Vaccination in Burma 1912-1922 - 1912-1922
Year: 1912
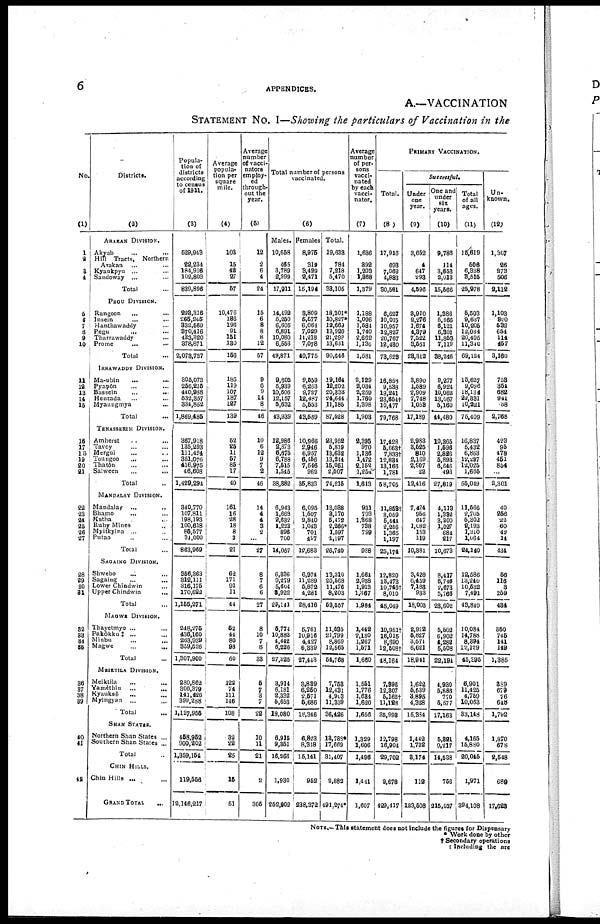
6
APPENDICES.
A.—VACCINATION
STATEMENT No. I—Showing the particulars of Vaccination in the
No
(1)
1
2
3
4
5
6 7
8
9
10
11
12
13 14
15
16
17
18
19
20
21
22
23
24
25
26 27
28
29
30 31
32
33
34 35
36
37
38
39
40
41
42
Districts.
(2)
ARAKAN DIVISION.
Akyab ... ...
Hill Tracts, Northern
Arakan ... ...
Kyaukpyu ... ...
Sandoway ... ...
Total ...
PEGU DIVISION.
Rangoon ... ...
Insein ... ...
Hanthawaddy ... ...
Pegu ... ...
Tharrawaddy ... ...
Prome ... ...
Total ...
IRRAWADDY DIVISION.
Ma-ubin ... ...
Pyapôn ... ...
Bassein ... ...
Henzada ... ...
Myaungmya ... ...
Total ...
TENASSERIM DIVISION.
Amherst ... ...
Tavoy ... ...
Mergui ... ...
Toungoo ... ...
Thatôn ... ...
Salween ... ...
Total ...
MANDALAY DIVISION.
Mandalay ... ...
Bhamo ... ...
Katha ... ...
Ruby Mines
...
...
Myitkyina ... ...
Putao ... ...
Total ...
SAGAING DIVISION.
Shwebo ... ...
Sagaing ... ...
Lower Chindwin ... ...
Upper Chindwin ... ...
Total ...
MAGWE DIVISION.
Thayetmyo ... ...
Pakôkku‡ ... ...
Minbu ... ...
Magwe
...
...
Total ...
MEIKTILA DIVISION.
Meiktila ... ...
Yamèthin ... ...
Kyauksè ... ...
Myingyan ... ...
Total ...
SHAN STATES.
Northern Shan States ...
Southern Shan States ...
Total ...
CHIN HILLS.
Chin Hills ... ...
GRAND TOTAL
...
Popula-
tion of
districts
according
to census
of 1911.
(3)
529,943
22,234
184,916
102,803
839,896
293,316
265,245
332,569
370,416
433,320
378,871
2,073,737
305,073
256,215
440,988 532,357
334,852
1,869,485
367,918
135,293
111,424
351,076
416,975
46,608
1,429,294
340,770
107,811
198,193
100,618
85,577
31,000
863,969
356,363
312,111
316,175
170,622
1,155,271
248,275
436,160
263,939
359,526
1,307,900
280,862
306,379
141,426
399,288
1,127,955
458,952
900,202
1,359,154
119,556
12,146,217
Average
popula-
tion per
square
mile.
(4)
103
15
42
27
57
10,476
186
196
91
151
130
156
185
119
107
187
127
139
52
25
11
57
85
17
40
161
16
28
18
8
3
21
62
171
91
11
44
52
44
80
93
60
122
74
111
146
108
32
22
25
15
51
Average
number
of vacci-
nators
employ-
ed
through-
out the
year.
(5)
12
2
6
4
24
15
6
8
8
8
12
57
9
6
9
14
8
46
10
6
12
9
7
2
46
14
4
4
3
2
...
27
8
7
6
6
27
8
10
7
8
33
5
7
3
7
22
10
11
21
2
305
Total number of persons
vaccinated.
(6)
Males.
10,658
465
3,789
2,999
17,911
14,492
5,250
6,605
6,891
10,080
6,553
49,871
9,605
5,939
10,606
12,157
5,632
43,939
12,986
2,873
6,675
6,788
7,515
1,545
38,382
6,943
1,668
2,632
1,223
896
700
14,057
6,336
9,279
5,604
3,922
25,141
5,774
10,883
4,442
6,226
27,325
3,914
6,181
2,332
5,653
18,080
6,915
9,351
16,266
1,930
252,902
Females
8,975
319
3,429
2,471
15,194
3,809
5,577
6,064
7,029
11,218
7,078
40,775
9,559
6,263
9,727
12,487
5,553
43,569
10,966
2,946
6,957
6,456
7,546
962
35,833
6,095
1,507
2,840
1,043
701
497
12,683
6,974
11,289
5,872
4,281
28,416
5,761
10,916
4,427
6,339
27,443
3,889
6,250
2,571
5,686
18,346
6,823
8,318
15,141
952
238,372
Total.
19,633
784
7,218
5,470
33,105
18,301*
10,827*
12,669
13,920
21,298
13,631
90,646
19,164
12,202
20,333
24,644
11,185
87,528
23,952
5,819
13,632
13,244
15,061
2,507
74,215
13,038
3,170
5,472
2,266*
1,597
1,197
26,740
13,310
20,568
11,476
8,203
53,557
11,535
21,799
8,869
12,565
54,768
7,753
12,431
4,903
11,339
36,426
13,788*
17,669
31,407
2,882
491,274*
Average
number
of per-
sons
vacci-
nated
by each
vacci-
nator.
(7)
1,636
392
1,203
1,368
1,379
1,188
1,096
1,584
1,740
2,662
1,136
1,581
2,129
2,034
2,259
1,760
1,398
1,903
2,395
970
1,136
1,472
2,152
1,254
1,613
931
793
1,368
738
799
...
988
1,664
2,938
1,913
1,367
1,984
1,442
2,180
1,267
1,571
1,660
1,551
1,776
1,634
1,620
1,656
1,329
1,606
1,496
1,441
1,607
PRIMARY VACCINATION.
Total.
(8)
17,916
693
7,069
4,883
30,561
6,627
10,015
10,957
12,827
20,767
12,430
73,623
16,858
9,538
19,241
23,654†
10,477
79,768
17,428
5,663†
7,838†
12,834
13,166
1,781
58,705
11,853†
8,059
5,444
2,256
1,365
1,197
25,174
12,820
13,473
10,746†
8,010
45,049
10,951†
16,015
8,690
12,508†
48,164
7,896
12,307
5,162†
11,128
35,998
12,798
16,904
29,702
2,678
429,417
Successful.
Under
one
year.
(9)
3,652
4
647
293
4,596
3,910
2,276
1,674
4,379
7,522
3,551
23,312
3,890
1,589
2,909
7,748
1,053
17,189
2,983
3,525
810
2,169
2,907
22
12,416
7,424
956
647
1,082
153
119
10,381
3,428
6,459
7,183
933
18,003
2,922
5,827
3,571
6,621
18,941
1,622
5,539
3,895
4,328
15,384
1,442
1,732
3,174
112
123,508
One and
under
six
years.
(10)
9,786
114
3,653
2,013
15,566
1,386
5,466
6,121
6,301
11,853
7,119
38,246
9,277
6,924
10,062
13,057
5,160
44,480
10,365
1,596
2,826
5,893
6,646
493
27,819
4,113
1,332
3,300
1,027
684
217
10,673
8,417
6,746
2,673
5,766
23,602
5,502
6,902
4,282
5,508
22,194
4,930
5,886
770
5,577
17,163
5,321
9,217
14,538
756
215,037
Total
of all
ages.
(11)
15,619
506
6,338
3,515
25,978
5,503
9,637
10,205
12,034
20,405
11,340
69,124
15,627
9,096
18,134
22,331
10,221
75,409
16,837
5,432
6,863
12,227
12,025
1,665
55,049
11,566
2,705
5,302
2,193
1,310
1,064
24,140
12,586
13,240
10,532
7,491
43,849
10,084
14,788
8,394
12,129
45,395
6,901
11,425
4,759
10,063
33,148
4,165
15,880
20,045
1,971
394,108
Un-
known.
(12)
1,307
26
273
506
2,112
1,103
300
532
654
114
457
3,160
758
354
682
941
38
2,768
423
95
478
451
854
...
2,301
40
256
22
60
42
14
434
56
116
3
259
434
350
745
141
149
1,385
389
679
76
648
l,792
1,870
678
2,548
689
17,623
NOTE.—This statement does not Include the figures for Dispensary
* Work done by other
† Secondary operations
† Including the are